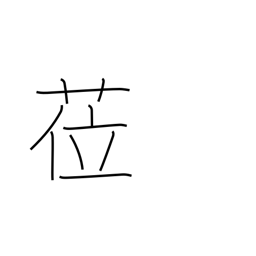
Meaning: assume a post